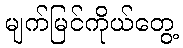
မျက်မြင်ကိုယ်တွေ့